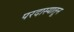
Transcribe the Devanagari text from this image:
परदास्यातून